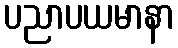
ပညာပယမာနာ